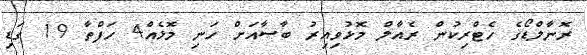
ރޮނާލްޑޯގެ ހެޓްރިކުން ރެއާލް މޮޅުވިއިރު ބާސާއަށް ހަނި މޮޅެއް4 ހަފްތާ 19 ގަޑި